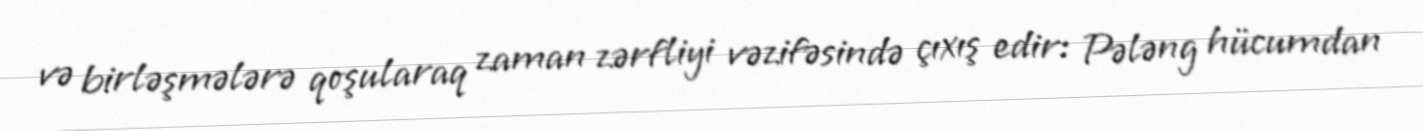
və birləşmələrə qoşularaq zaman zərfliyi vəzifəsində çıxış edir: Pələng hücumdan